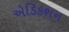
એડિકશન